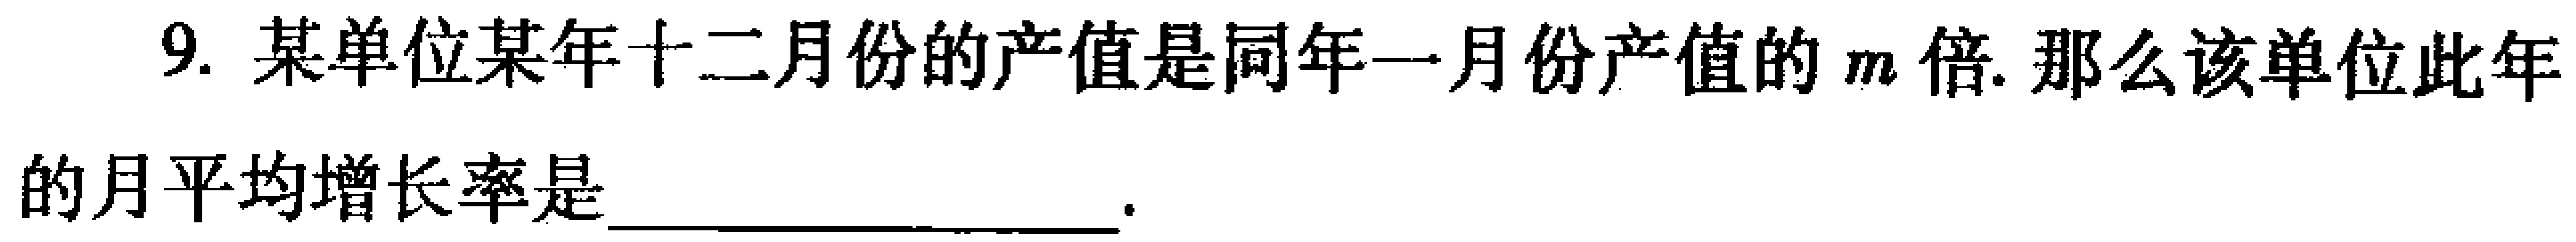
9. 某单位某年十二月份的产值是同年一月份产值的\(m\)倍. 那么该单位此年的月平均增长率是  .